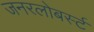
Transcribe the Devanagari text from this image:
जनरलोबर्स्ट